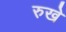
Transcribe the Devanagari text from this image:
रुखे